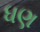
ધણ